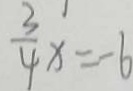
\frac { 3 } { 4 } x = - 6